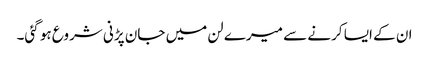
ان کے ایسا کرنے سے میرے لن میں جان پڑنی شروع ہو گئی۔